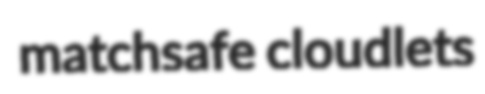
matchsafe cloudlets